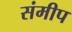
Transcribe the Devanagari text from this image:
संमीप